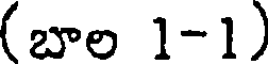
(బాల 1-1)